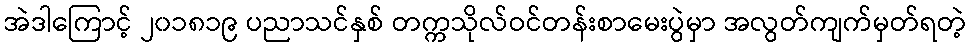
အဲဒါကြောင့် ၂၀၁၈၁၉ ပညာသင်နှစ် တက္ကသိုလ်ဝင်တန်းစာမေးပွဲမှာ အလွတ်ကျက်မှတ်ရတဲ့